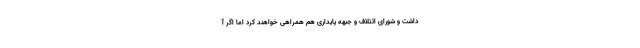
داشت و شورای ائتلاف و جبهه پایداری هم همراهی خواهند کرد اما اگر آ